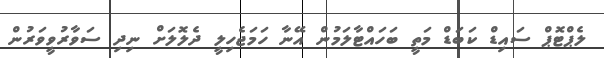
ލެޕްޓޮޕް ސައިޑް ކަބަޑް މަތީ ބަަހައްޓާލަމުން އޭނާ ހަމަޖެހިލީ ދެލޮލަށް ނިދި ސަވާރުވީވަރުން